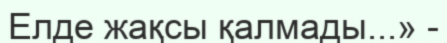
Елде жақсы қалмады...» -